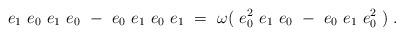
LaTeX: \begin{align*} e_1\ e_0\ e_1\ e_0\ -\ e_0\ e_1\ e_0\ e_1\ =\ \omega(\ e_0^2\ e_1\ e_0\ -\ e_0\ e_1\ e_0^2\ )\;. \end{align*}